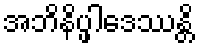
အဘိနိပ္ဖါဒေဿန္တိ